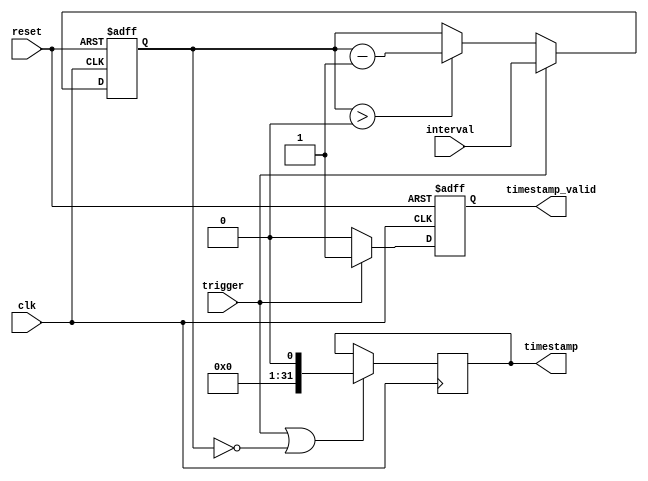
module Timing_Control_Synchronization (
    input wire clk,
    input wire reset,
    input wire trigger,
    input wire [31:0] interval,
    output reg timestamp_valid,
    output reg [31:0] timestamp
);

reg [31:0] timer_count;

always @(posedge clk or posedge reset) begin
    if (reset) begin
        timer_count <= 32'h0;
        timestamp_valid <= 1'b0;
    end else begin
        if (trigger) begin
            timer_count <= interval;
            timestamp_valid <= 1'b1;
        end else if (timer_count > 0) begin
            timer_count <= timer_count - 1;
            timestamp_valid <= 1'b0;
        end else begin
            timestamp_valid <= 1'b0;
        end
    end
end

always @(posedge clk) begin
    if (trigger || timer_count == 0) begin
        timestamp <= $time;
    end
end

endmodule